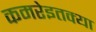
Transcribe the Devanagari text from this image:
कमरेइतक्या